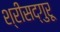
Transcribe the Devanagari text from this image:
श्रीसद्गुरू